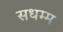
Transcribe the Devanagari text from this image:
सधम्म